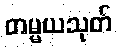
တမ္မယသုတ်